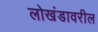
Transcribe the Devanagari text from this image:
लोखंडावरील